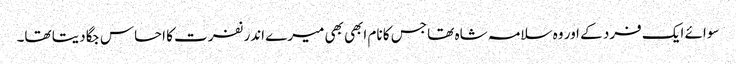
سوائے ایک فرد کے اور وہ سلامہ شاہ تھا جس کا نام ابھی بھی میرے اندر نفرت کا احساس جگا دیتا تھا۔